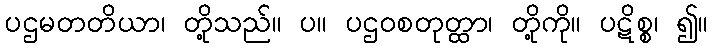
ပဌမတတိယာ၊ တို့သည်။ ပ။ ပဌဝစတုတ္ထာ၊ တို့ကို။ ပဋိစ္စ၊ ၍။